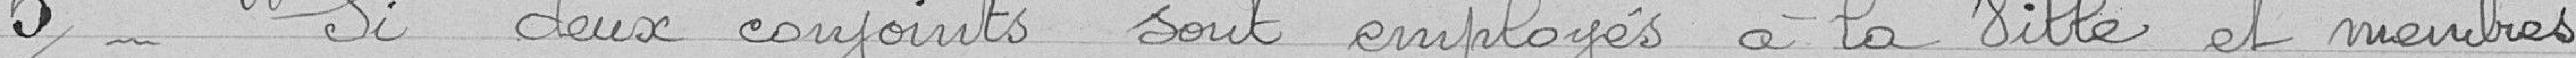
5 Si deux conjoints sont employés à la Ville et membres